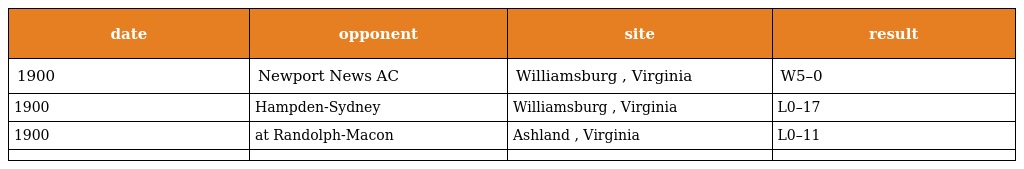
| date | opponent | site | result |
 | --- | --- | --- | --- |
 | 1900 | Newport News AC | Williamsburg , Virginia | W5–0 |
 | 1900 | Hampden-Sydney | Williamsburg , Virginia | L0–17 |
 | 1900 | at Randolph-Macon | Ashland , Virginia | L0–11 |
 |  |  |  |  |